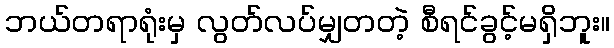
ဘယ်တရာရုံးမှ လွတ်လပ်မျှတတဲ့ စီရင်ခွင့်မရှိဘူး။